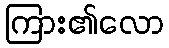
ကြား၏လော